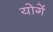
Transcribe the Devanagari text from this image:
योगें